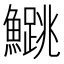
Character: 𬵰